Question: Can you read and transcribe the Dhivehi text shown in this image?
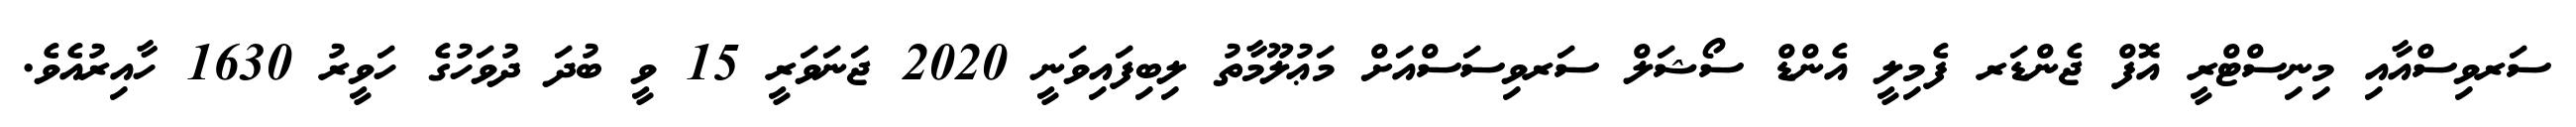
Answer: ސަރވިސްއާއި މިނިސްޓްރީ އޮފް ޖެންޑަރ ފެމިލީ އެންޑް ސޯޝަލް ސަރވިސަސްއަށް މަޢުލޫމާތު ލިބިފައިވަނީ 2020 ޖަނަވަރީ 15 ވީ ބުދަ ދުވަހުގެ ހަވީރު 1630 ހާއިރުއެވެ.